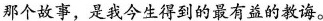
那个故事，是我今生得到的最有益的教诲。